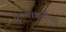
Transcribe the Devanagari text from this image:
शिल्पाकृतीच्या